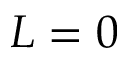
L = 0